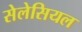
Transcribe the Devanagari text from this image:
सेलेसियल